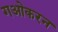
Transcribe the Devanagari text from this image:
गओकरन